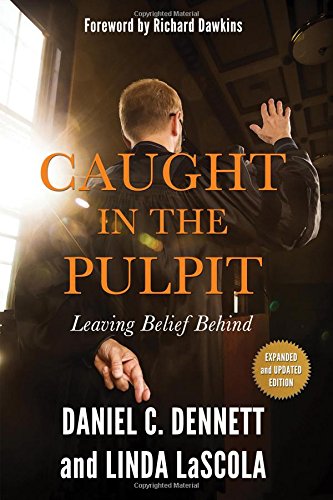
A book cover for Caught in the Pulpit: Leaving Belief Behind; Daniel C. Dennett; Christian Books & Bibles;